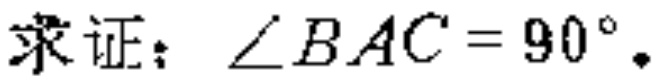
求证：\(\angle BAC = 90^{\circ}\).